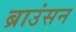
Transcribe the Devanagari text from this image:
ब्राउंसन